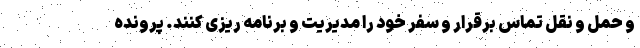
و حمل و نقل تماس برقرار و سفر خود را مدیریت و برنامه ریزی کنند. پرونده